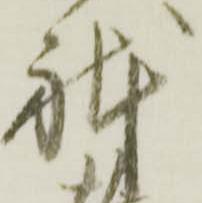
躰